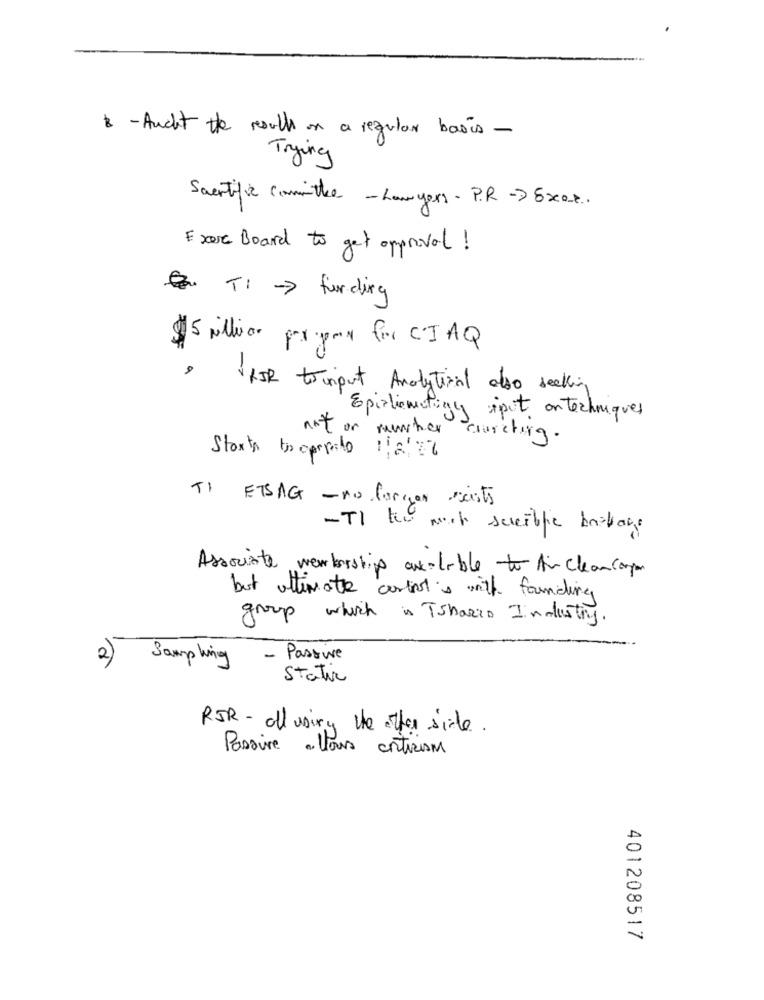
2 - Aucht the results on a regular basis -
Trying
Sacertific Committee - Lawyers - P.R -> 5xxx.
Exerc Board to get approval !
ET: - > funding
$5 million por por for CIAQ
,
RIR to inport Analytical also seeking
Epizionatigy iput ontechniques
not or musher carcting.
Stort trappeto 1/8/ 22
TI ETSAG - no forcon ists
-TI tu mot sencible bostage
Associate membership avilable to Air cleancoper
but ultimate antalis with founding
group which is Tshario Industry.
2)
Sampling
- Passive
Static
RIR - all using the other side.
Passive allows criticism
401208517